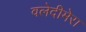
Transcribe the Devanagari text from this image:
वलेदीमेरा